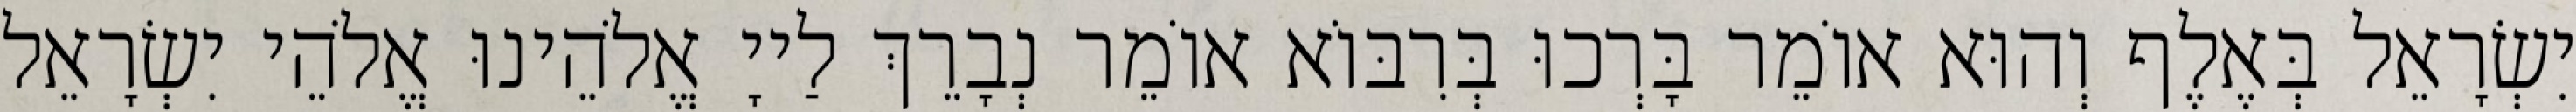
יִשְׂרָאֵל בְּאֶלֶף וְהוּא אוֹמֵר בָּרְכוּ בְּרִבּוֹא אוֹמֵר נְבָרֵךְ לַייָ אֱלֹהֵינוּ אֱלֹהֵי יִשְׂרָאֵל